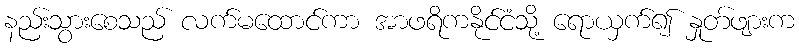
နည်းသွားစေသည် လက်မထောင်ကာ အာဖရိကနိုင်ငံသို့ ရောယှက်၍ နှုတ်ဖျားက